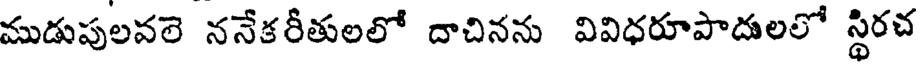
ముడుపులవలె ననేకరీతులలో దాచినను వివిధరూపాదులలో స్థిరచ